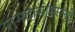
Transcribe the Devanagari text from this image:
रामदासांसारखी